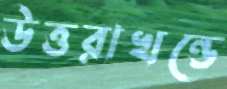
উত্তরাখন্ডে